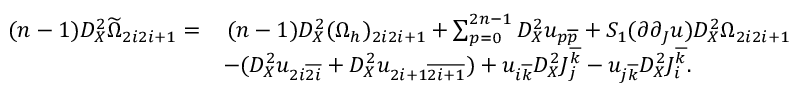
\begin{array} { r l } { ( n - 1 ) D _ { X } ^ { 2 } \widetilde { \Omega } _ { 2 i 2 i + 1 } = } & { \, ( n - 1 ) D _ { X } ^ { 2 } ( \Omega _ { h } ) _ { 2 i 2 i + 1 } + \sum _ { p = 0 } ^ { 2 n - 1 } D _ { X } ^ { 2 } u _ { p \overline { { p } } } + S _ { 1 } ( \partial \partial _ { J } u ) D _ { X } ^ { 2 } \Omega _ { 2 i 2 i + 1 } } \\ & { - ( D _ { X } ^ { 2 } u _ { 2 i \overline { { 2 i } } } + D _ { X } ^ { 2 } u _ { 2 i + 1 \overline { { 2 i + 1 } } } ) + u _ { i \overline { { k } } } D _ { X } ^ { 2 } J _ { j } ^ { \overline { { k } } } - u _ { j \overline { { k } } } D _ { X } ^ { 2 } J _ { i } ^ { \overline { { k } } } . } \end{array}